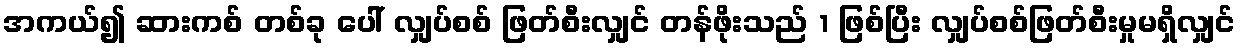
အကယ်၍ ဆားကစ် တစ်ခု ပေါ် လျှပ်စစ် ဖြတ်စီးလျှင် တန်ဖိုးသည် 1 ဖြစ်ပြီး လျှပ်စစ်ဖြတ်စီးမှုမရှိလျှင်